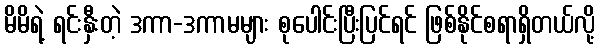
မိမိရဲ့ ရင်းနှီးတဲ့ ဒကာ-ဒကာမများ စုပေါင်းပြီးပြင်ရင် ဖြစ်နိုင်စရာရှိတယ်လို့